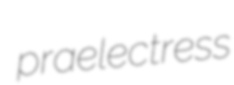
praelectress